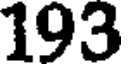
193